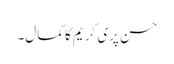
حسن پری کریم کا کمال۔